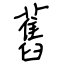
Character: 舊